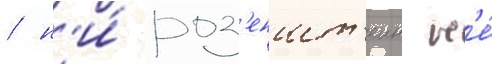
/ н'и́ роз'еншт'еин н'е́